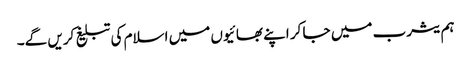
ہم یثرب میں جا کر اپنے بھائیوں میں اسلام کی تبلیغ کریں گے۔